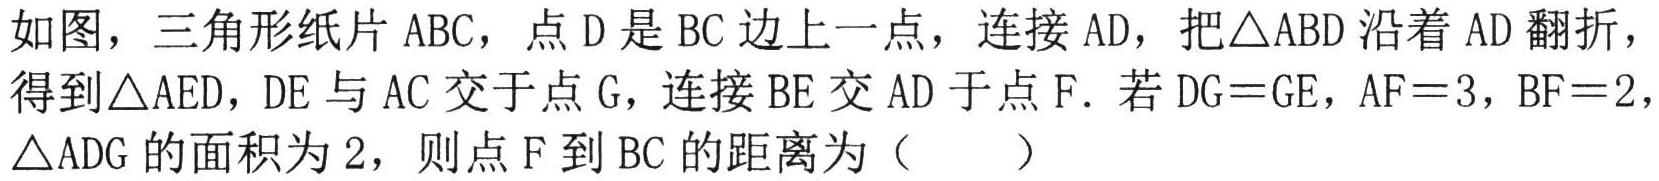
如图，三角形纸片 \(ABC\)，点 \(D\) 是 \(BC\) 边上一点，连接 \(AD\)，把\(\triangle ABD\) 沿着 \(AD\) 翻折，得到\(\triangle AED\)，\(DE\) 与 \(AC\) 交于点 \(G\)，连接 \(BE\) 交 \(AD\) 于点 \(F\)．若 \(DG = GE\)，\(AF = 3\)，\(BF = 2\)，\(\triangle ADG\) 的面积为 \(2\)，则点 \(F\) 到 \(BC\) 的距离为（  ）